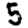
Digit: 5